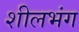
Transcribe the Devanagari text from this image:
शीलभंग